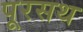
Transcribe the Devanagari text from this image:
पूरसथ